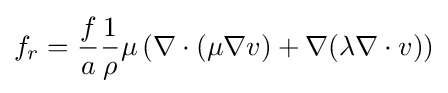
f_{r}={f \over a}{1 \over \rho }\mu \left(\nabla \cdot (\mu \nabla v)+\nabla (\lambda \nabla \cdot v)\right)